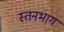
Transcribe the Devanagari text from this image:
स्तनभाग